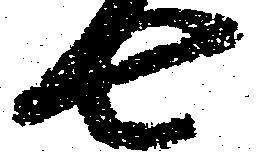
七